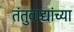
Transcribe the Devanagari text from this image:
तंतुवाद्यांच्या